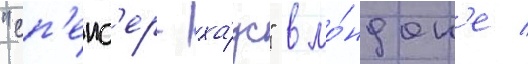
"сп'енс'ер-ха́ус" в ло́ндон'е /